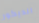
الديكور